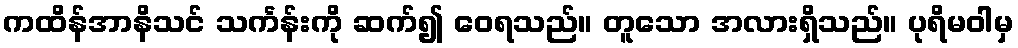
ကထိန်အာနိသင် သင်္ကန်းကို ဆက်၍ ဝေရသည်။ တူသော အလားရှိသည်။ ပုရိမဝါမှ